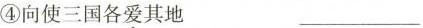
④向使三国各爱其地 ___